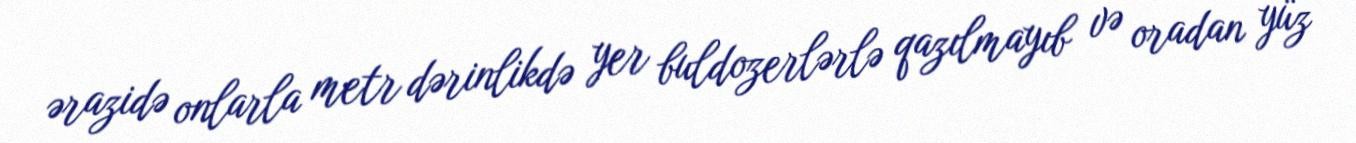
ərazidə onlarla metr dərinlikdə yer buldozerlərlə qazılmayıb və oradan yüz